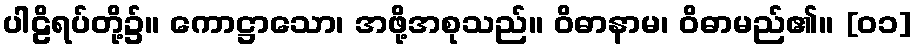
ပါဠိရပ်တို့၌။ ကောဋ္ဌာသော၊ အဖို့အစုသည်။ ဝိဓာနာမ၊ ဝိဓာမည်၏။ [၀၁]